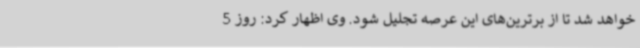
خواهد شد تا از برترین‌های این عرصه تجلیل شود. وی اظهار کرد: روز 5